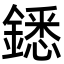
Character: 鏭